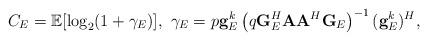
LaTeX: \begin{align*}C_E=\mathbb{E}[\log_2(1+\gamma_E)],~\gamma_E=p {\bf g}^k_E \left(q{\bf G}_E^H {\bf A}{\bf A}^H {\bf G}_E\right)^{-1}({\bf g}^k_E)^H,\end{align*}